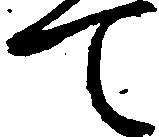
て